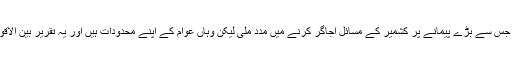
اقوام متحدہ کی سیکیورٹی کونسل میں عمران خان کی تقریر ایسی ہی ایک بڑی کوشش تھی جس سے بڑے پیمانے پر کشمیر کے مسائل اجاگر کرنے میں مدد ملی لیکن وہاں عوام کے اپنے محدودات ہیں اور یہ تقریر بین الاقوامی ٹی وی چینلز اور بالخصوص یورپ اور امریکا میں بڑے پیمانے پر نہیں دکھائی گئی۔